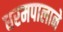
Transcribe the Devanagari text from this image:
धरमपालाने